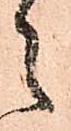
之